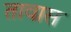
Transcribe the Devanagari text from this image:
तावास